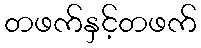
တဖက်နှင့်တဖက်